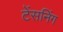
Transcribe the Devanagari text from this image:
टेंसनिंग